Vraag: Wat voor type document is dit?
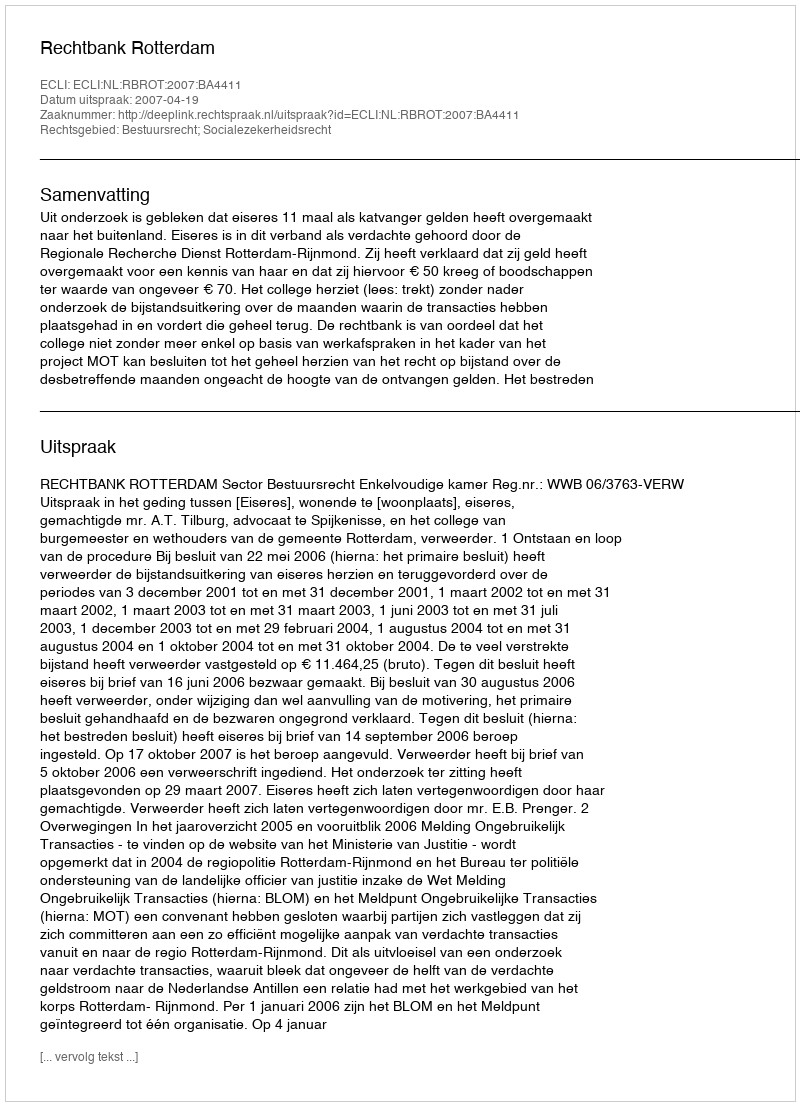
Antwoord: Uitspraak